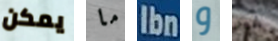
يمكن ما Ibn و غير